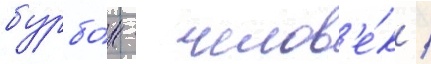
бурбо́н - челов'е́к /